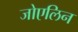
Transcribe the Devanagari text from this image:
जोएलिन